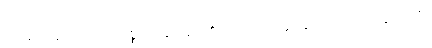
သိခြင်းဟူ၍လည်း။ ဝုစ္စတိ၊ ဆိုအပ်၏။ တံ၊ ထိုသို့ဆိုခြင်းသည်။ ရတ္တိယာ စ၊